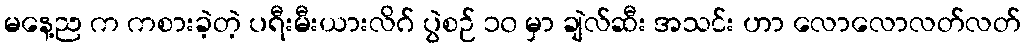
မနေ့ည က ကစားခဲ့တဲ့ ပရီးမီးယားလိဂ် ပွဲစဉ် ၁၀ မှာ ချဲလ်ဆီး အသင်း ဟာ လောလောလတ်လတ်